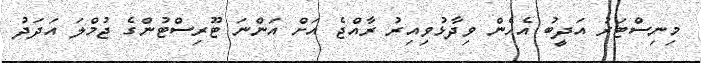
މިނިސްޓަރު އަދީބު އެހެން ވިދާޅުވިއިރު ރާއްޖެ އަށް އަންނަ ޓޫރިސްޓުންގެ ޖުމްލަ އަދަދު